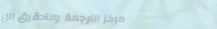
مركز الترجمة والتدقيق الل